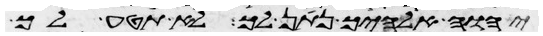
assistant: יהוה אלהיך נתן לך לא תטע לך